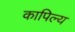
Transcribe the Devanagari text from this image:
कापिल्य